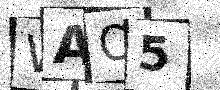
Text: WAO5